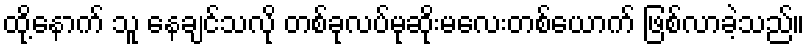
ထို့နောက် သူ နေချင်သလို တစ်ခုလပ်မုဆိုးမလေးတစ်ယောက် ဖြစ်လာခဲ့သည်။